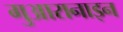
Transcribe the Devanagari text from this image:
गुआरानाइन